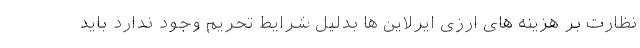
نظارت بر هزینه های ارزی ایرلاین ها بدلیل شرایط تحریم وجود ندارد باید